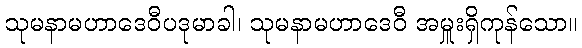
သုမနာမဟာဒေဝီပဒုမာခါ၊ သုမနာမဟာဒေဝီ အမှူးရှိကုန်သော။